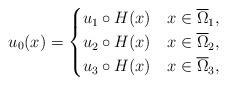
LaTeX: \begin{align*}u_0 (x) = \begin{cases}u_1 \circ H (x) \ \ \ x \in \overline \Omega_1, \\u_2 \circ H (x) \ \ \ x \in \overline \Omega_2, \\u_3 \circ H (x) \ \ \ x \in \overline \Omega_3, \end{cases}\end{align*}